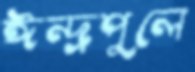
ঈন্দ্রপুলে